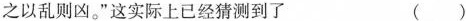
之以乱则凶。”这实际上已经猜测到了 ()